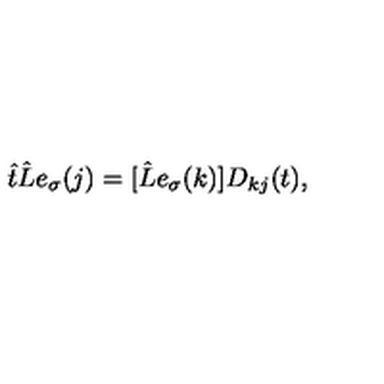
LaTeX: \hat { t } \hat { L } e _ { \sigma } ( j ) = [ \hat { L } e _ { \sigma } ( k ) ] D _ { k j } ( t ) ,